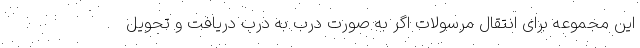
این مجموعه برای انتقال مرسولات اگر به صورت درب به درب دریافت و تحویل